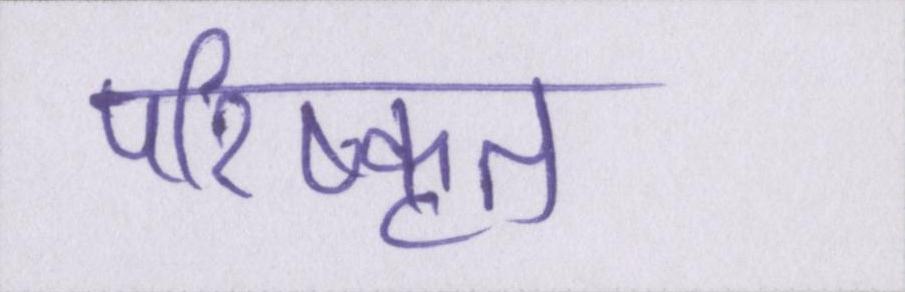
परिष्कृत